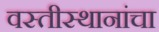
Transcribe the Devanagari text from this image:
वस्तीस्थानांचा